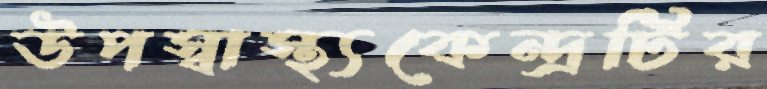
উপস্বাস্থ্যকেন্দ্রটির